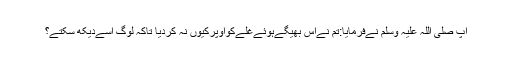
آپ صلی اللہ علیہ وسلم نےفرمایا:تم نےاس بھیگےہوئےغلےکواوپرکیوں نہ کردیا تاکہ لوگ اسےدیکھ سکتے؟